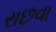
રાછવા